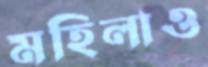
মহিলাও